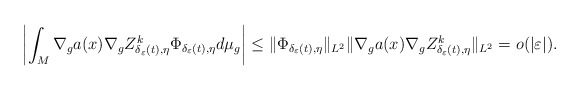
\begin{align*}\left|\int_{M}\nabla_{g}a(x)\nabla_{g}Z_{\delta_{\varepsilon}(t),\eta}^{k}\Phi_{\delta_{\varepsilon}(t),\eta}d\mu_{g}\right|\le\|\Phi_{\delta_{\varepsilon}(t),\eta}\|_{L^{2}}\|\nabla_{g}a(x)\nabla_{g}Z_{\delta_{\varepsilon}(t),\eta}^{k}\|_{L^{2}}=o(|\varepsilon|).\end{align*}